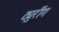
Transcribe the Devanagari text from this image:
ट्युरींग